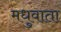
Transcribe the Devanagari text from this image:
मधुवाता